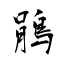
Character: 鵑